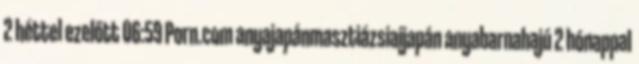
2 héttel ezelőtt 06:59 Porn.com anyajapánmasztiázsiaijapán anyabarnahajú 2 hónappal